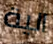
الية